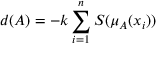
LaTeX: d ( A ) = - k \sum _ { i = 1 } ^ { n } S ( \mu _ { A } ( x _ { i } ) )